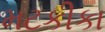
મટકીકા